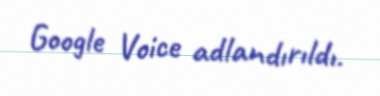
Google Voice adlandırıldı.